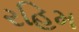
રહિમ